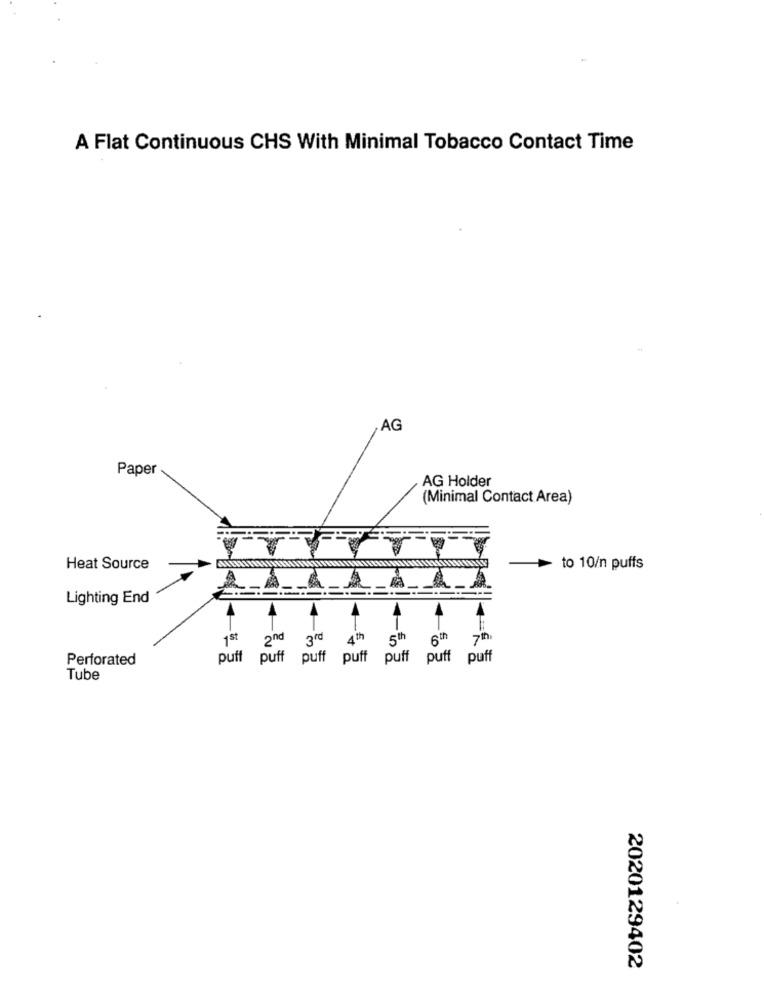
A Flat Continuous CHS With Minimal Tobacco Contact Time
AG
Paper
AG Holder
(Minimal Contact Area)
Heat Source
to 10/n puffs
Lighting End
1st 2nd 3rd
4th
5th
6th
7th
Perforated
puff puff puff puff
puff puff
puff
Tube
2020129402